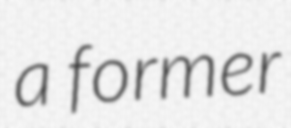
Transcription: a former